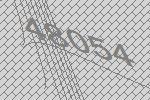
48054